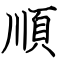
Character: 順